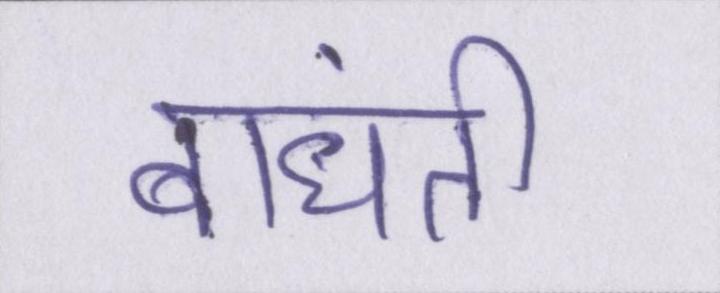
बांधती